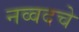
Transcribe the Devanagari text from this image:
नव्वदचे